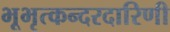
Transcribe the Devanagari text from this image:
भूभृत्कन्दरदारिणी